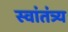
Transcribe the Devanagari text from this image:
स्वांतंत्र्य